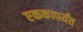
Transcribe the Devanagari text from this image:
एककापर्यंत